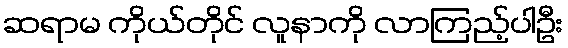
ဆရာမ ကိုယ်တိုင် လူနာကို လာကြည့်ပါဦး